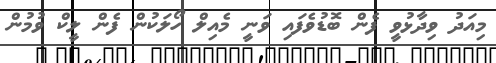
މިއަދު ވިދާޅުވީ ފެން ބޮޑުވެފައި ވަނީ މެއިލް ހޯލަކުން ފެން ލީކް ވުމުން